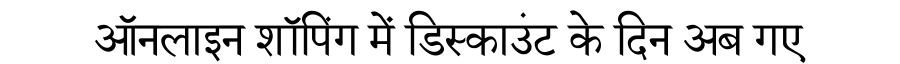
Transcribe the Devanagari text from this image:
ऑनलाइन शॉपिंग में डिस्काउंट के दिन अब गए